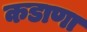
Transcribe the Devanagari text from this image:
कडाणा